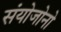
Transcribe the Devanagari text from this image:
संयोजोनो